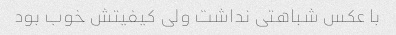
با عکس شباهتی نداشت ولی کیفیتش خوب بود